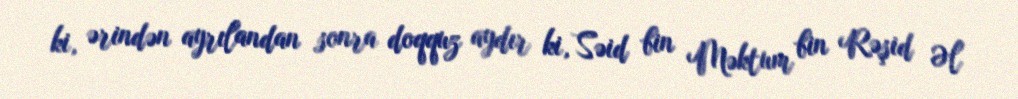
ki, ərindən ayrılandan sonra doqquz aydır ki, Səid bin Məktum bin Rəşid Əl